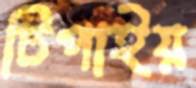
টিপাইয়